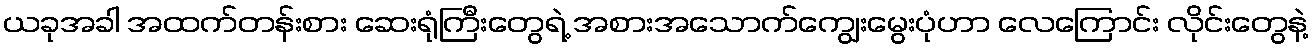
ယခုအခါ အထက်တန်းစား ဆေးရုံကြီးတွေရဲ့ အစားအသောက်ကျွေးမွေးပုံဟာ လေကြောင်း လိုင်းတွေနဲ့